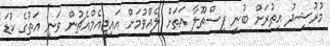
މުރުޝިދު އިތުރަށް ބުނީ ފިސްތޫލާ އަތަށް ލެއްވުމަށް އައިޖީއެމްއެޗުން ވަނީ އަތުގެ ކުޑަ